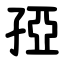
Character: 孲